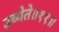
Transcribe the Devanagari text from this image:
उच्येते॥११॥